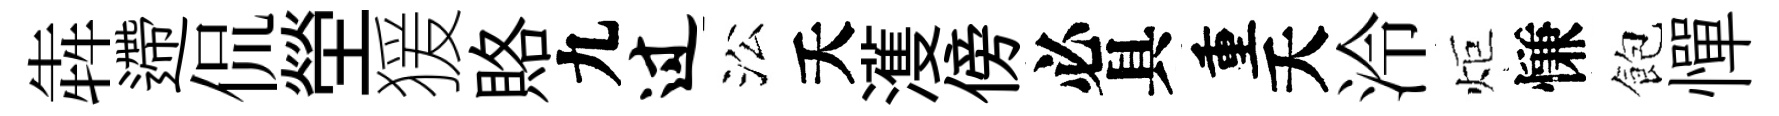
犇遰侃塋猨賂九过㳂夭濩傍必具重夭泠炬慊飽憚